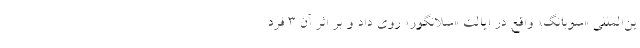
ین‌المللی «سوبانگ» واقع در ایالت «سلانگور» روی داد و بر اثر آن ۳ فرد